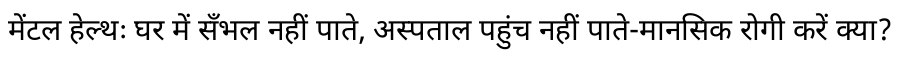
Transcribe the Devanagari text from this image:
मेंटल हेल्थः घर में सँभल नहीं पाते, अस्पताल पहुंच नहीं पाते-मानसिक रोगी करें क्या?